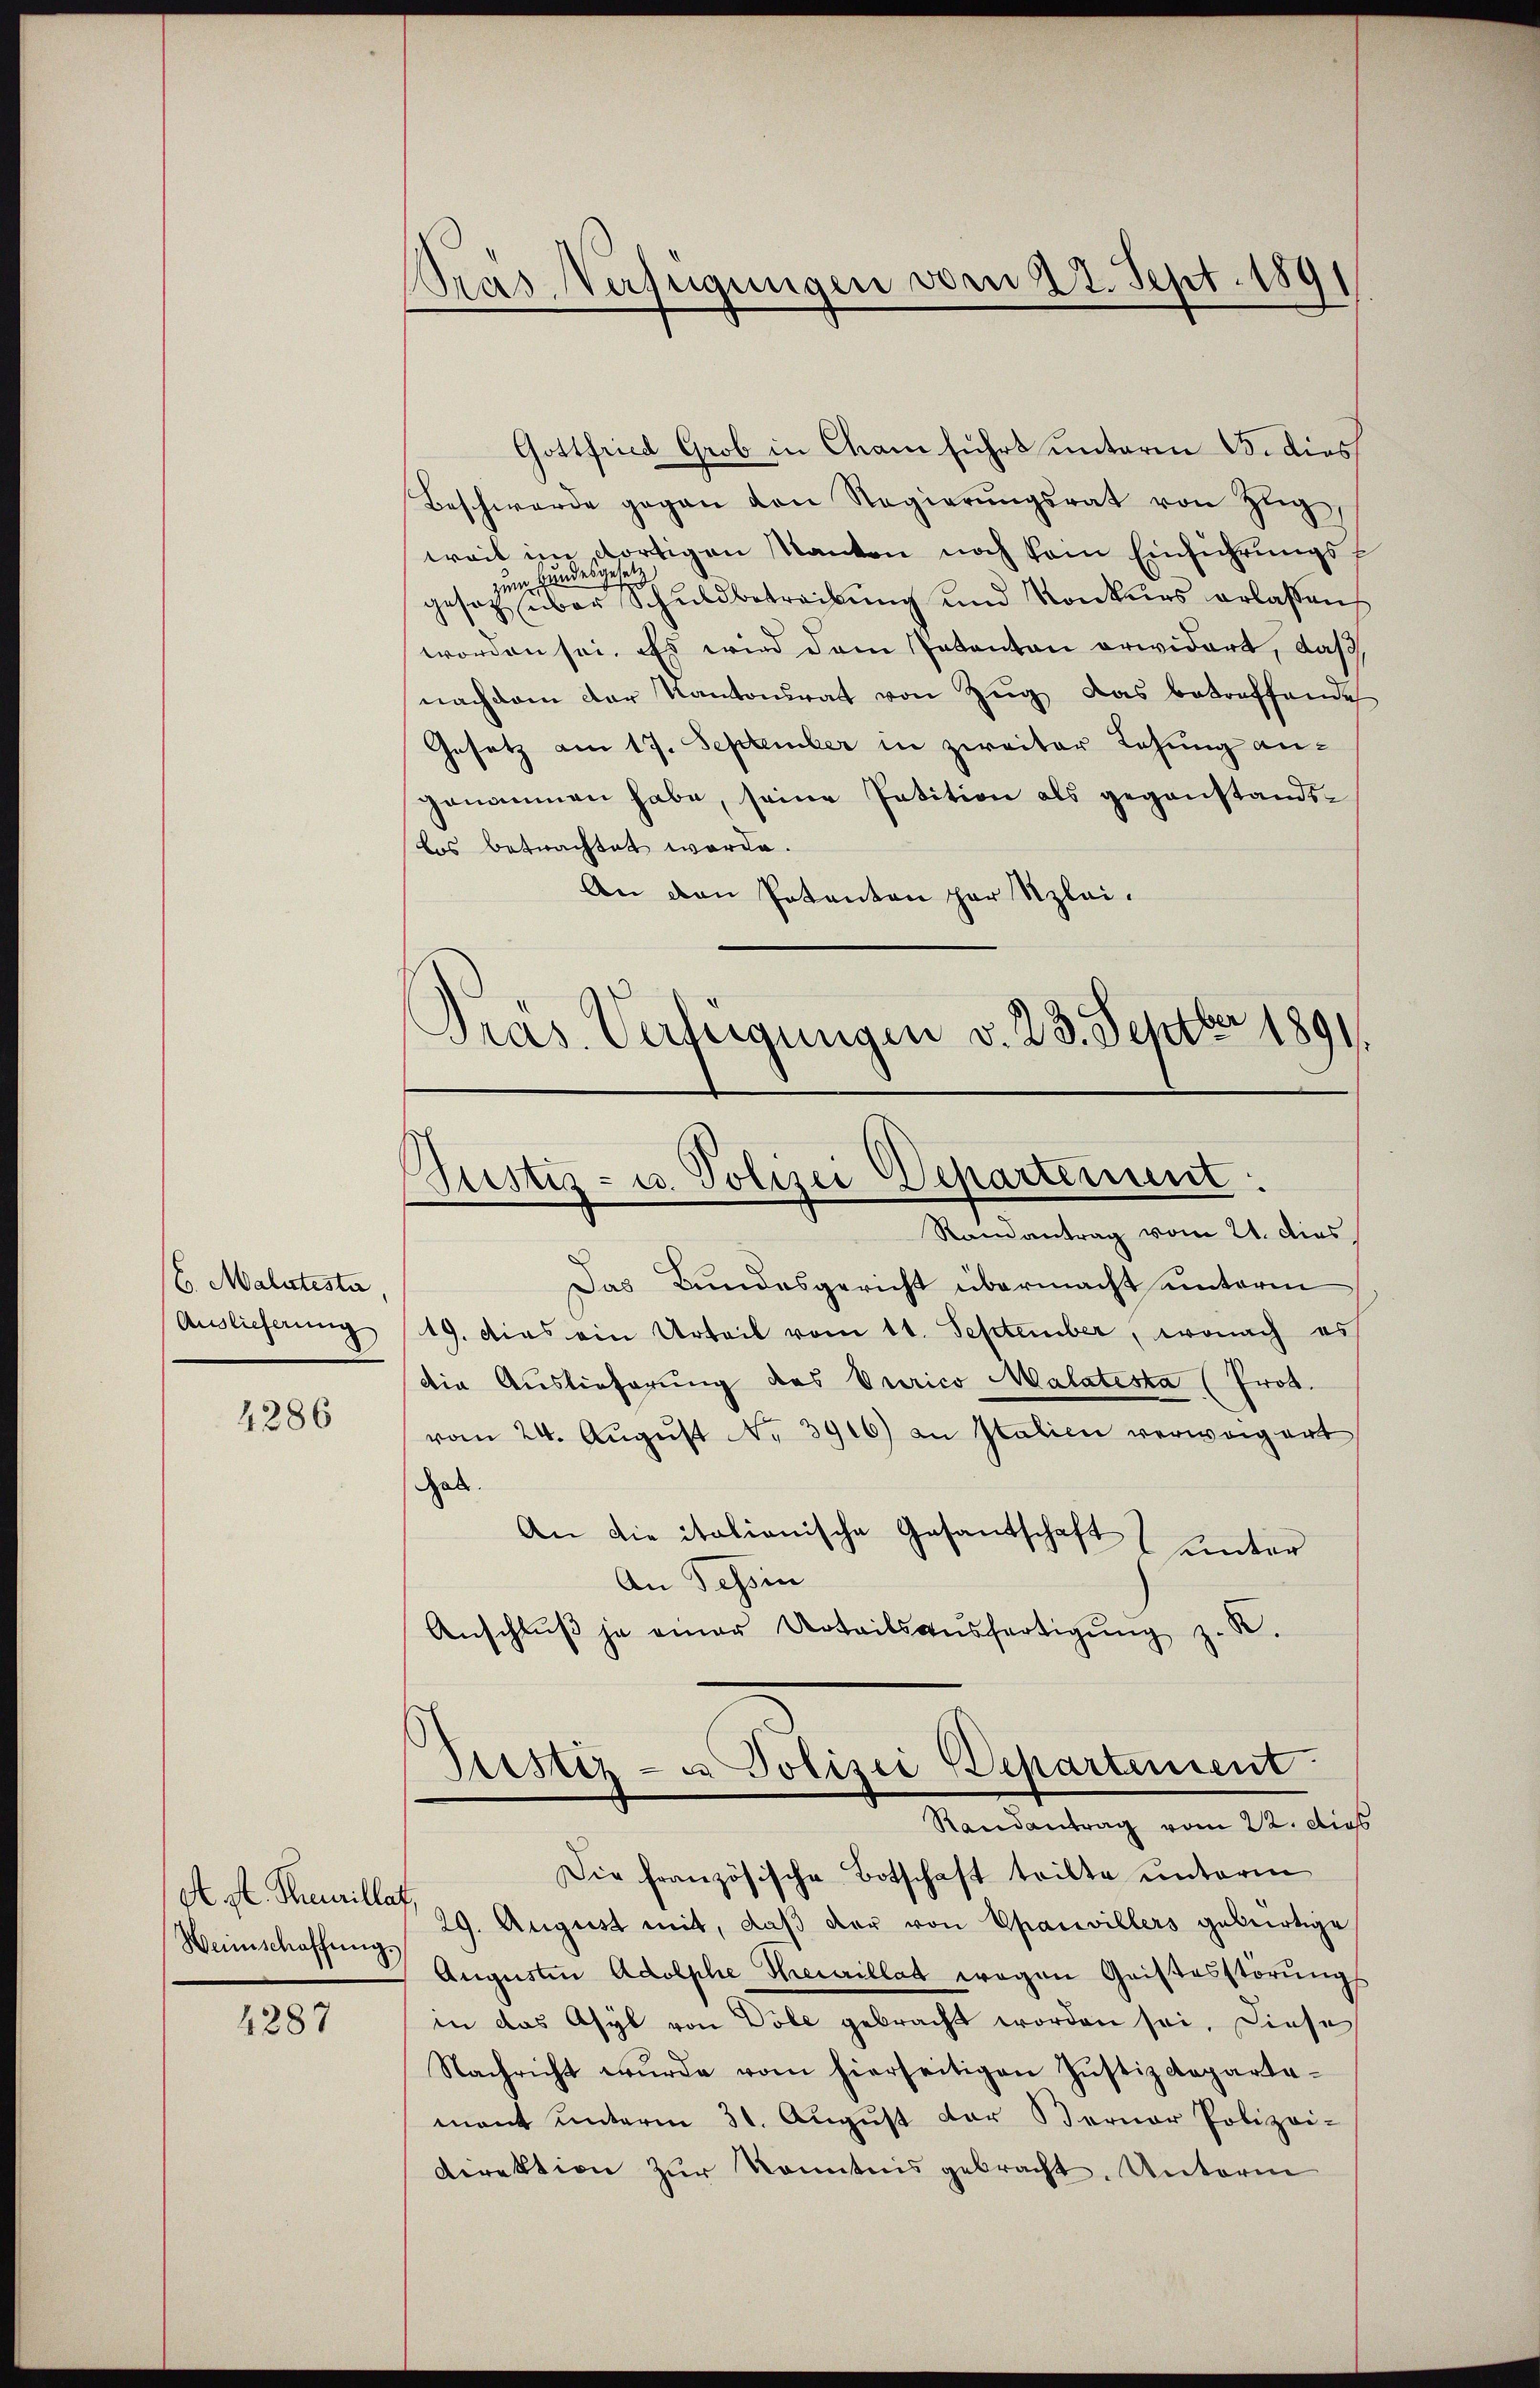
6. Malutesta
Auslieferung

4286

A st. Treuillat,
Weinschaffŭng.

4287

Pras Verfügungen vom 23. Sept. 1891

Gottfried Grob in Cham führt unterm 13. dies
Beschwerde gegen den Regierŭngsrat von Zŭg,
weil im dortigen Kanton noch kam Einführungs¬
Handesg
e
gesetz über Schuldbetreibŭng und Konkurs erlaßen
worden sei. Es wird dem Inkanton erwidert, daß,
nachdem der Kantonsrat von Zŭg das betreffende
Gesetz am 17. September in zweiter Lesung angenommen habe, seine Petition als gegenstandsdos betrachtet worde.
An den Patanton par Szlei.
Präs. Verfügungen v. 23. Septbr 1891

Justiz- u. Polizei Departement:

Randantrag vom 21. dies
Das Bundesgericht übermacht unterm
19. dies ein Urteil vom 11. September, wonach es
die Auslieferung des Purico Malatesta (Prot.
vom 24. Aŭgŭst No. 3916) an Italien verweigert
Gal.
An die italionische Gesantschaft unter
An Tessin
Anschlŭβ je einer Urteilsausfertigŭng z. R.

Justiz- u Polizei Departement
Randantrag vom 22. dies

Die französische Botschaft teilte unterm
29. August mit, daß der von Opanvillers gebürtige
Augusten Adolphe Terrillat wegen Geistesstörŭng
in das Asyl von Dole gebracht worden sei. Diese
Nachricht wŭrde vom hierseitigen Justizdepartamant ŭnterm 31. Aŭgŭst der Berner Polizei-
Direktion zŭr Kenntnis gebracht. Unterm